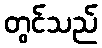
တွင်သည်